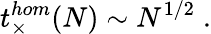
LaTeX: t_{\times}^{hom}(N)\sim N^{1/2}\; .